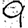
Digit: 9